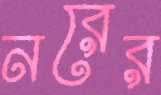
নরের